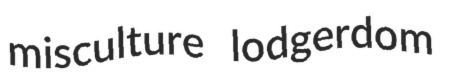
misculture lodgerdom